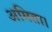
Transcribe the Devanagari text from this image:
अमिता।